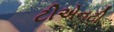
ટીએનટી